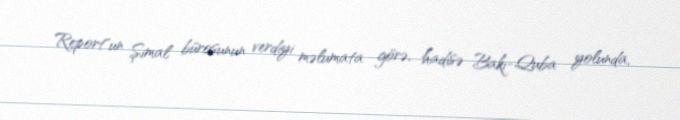
Report"un Şimal bürosunun verdiyi məlumata görə, hadisə Bakı-Quba yolunda,